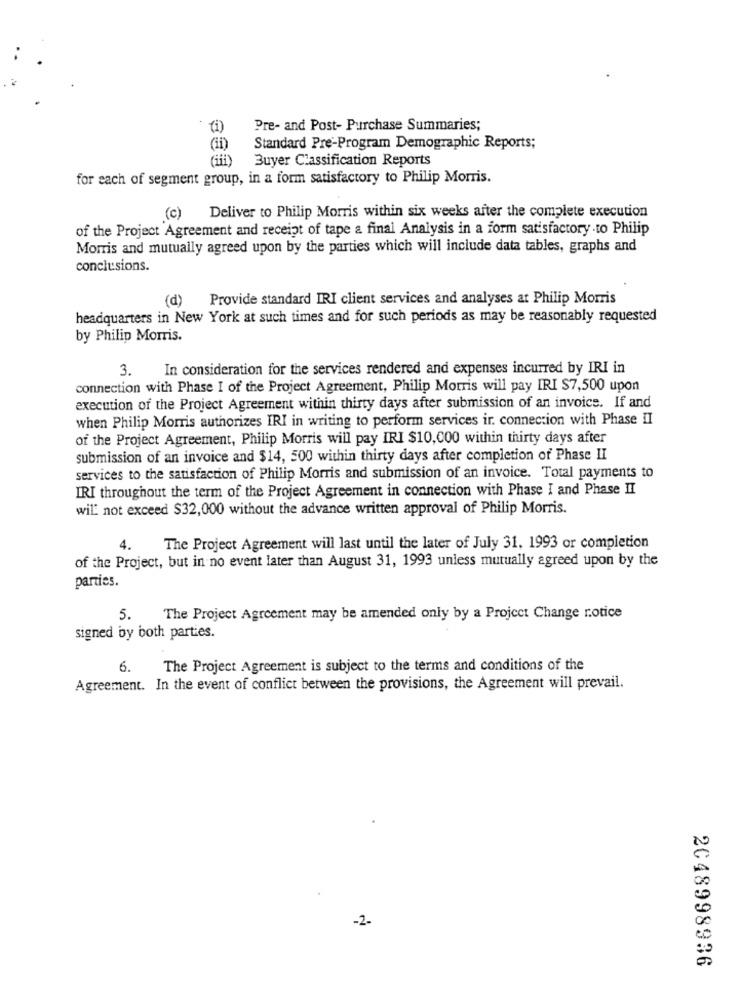
(i)
Pre- and Post- Purchase Summaries;
(ii)
Standard Pre-Program Demographic Reports;
Buyer Classification Reports
for each of segment group, in a form satisfactory to Philip Morris.
(c) Deliver to Philip Morris within six weeks after the complete execution
of the Project Agreement and receipt of tape a final Analysis in a form satisfactory.to Philip
Morris and mutually agreed upon by the parties which will include data tables, graphs and
conclusions.
(d) Provide standard IRI client services and analyses at Philip Morris
headquarters in New York at such times and for such periods as may be reasonably requested
by Philip Morris.
3.
In consideration for the services rendered and expenses incurred by IRI in
connection with Phase I of the Project Agreement, Philip Morris will pay IRI $7,500 upon
execution of the Project Agreement within thirty days after submission of an invoice. If and
when Philip Morris authorizes IRI in writing to perform services ir. connection with Phase II
of the Project Agreement, Philip Morris will pay IRI $10,000 within thirty days after
submission of an invoice and $14, 500 within thirty days after completion of Phase II
services to the satisfaction of Philip Morris and submission of an invoice. Total payments to
IRI throughout the term of the Project Agreement in connection with Phase I and Phase II
wil not exceed $32,000 without the advance written approval of Philip Morris.
4.
The Project Agreement will last until the later of July 31. 1993 or completion
of the Project, but in no event later than August 31, 1993 unless mutually agreed upon by the
parties.
5.
The Project Agreement may be amended only by a Project Change rotice
signed by both parties.
6. The Project Agreement is subject to the terms and conditions of the
Agreement. In the event of conflict between the provisions, the Agreement will prevail.
-2.
2048998936